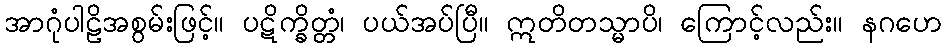
အာဂုံပါဠိအစွမ်းဖြင့်။ ပဋိက္ခိတ္တံ၊ ပယ်အပ်ပြီ။ ဣတိတသ္မာပိ၊ ကြောင့်လည်း။ နဂဟေ